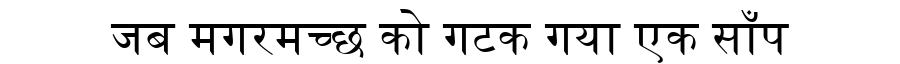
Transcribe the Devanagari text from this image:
जब मगरमच्छ को गटक गया एक साँप